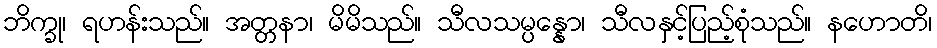
ဘိက္ခု၊ ရဟန်းသည်။ အတ္တနာ၊ မိမိသည်။ သီလသမ္ပန္နော၊ သီလနှင့်ပြည့်စုံသည်။ နဟောတိ၊